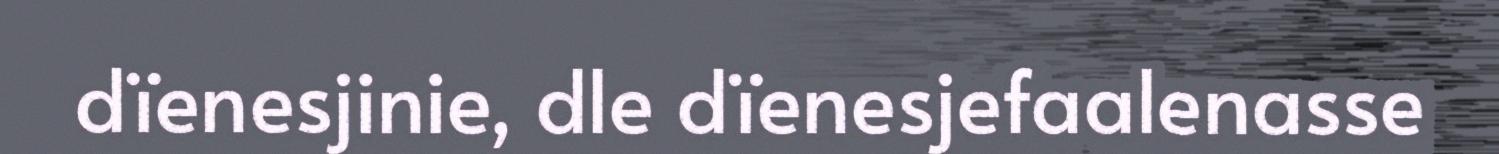
dïenesjinie, dle dïenesjefaalenasse